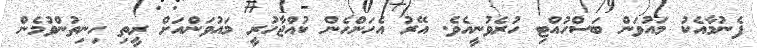
ފެނުމާއެކު މައުވަން ބަސްހުއްޓި ހުރެވުނީއެވެ. އޭރު އެހަންހެން ކުއްޖާހުރީ މައުވަންއަށް ރީތި ހިނިތުންވުމެން